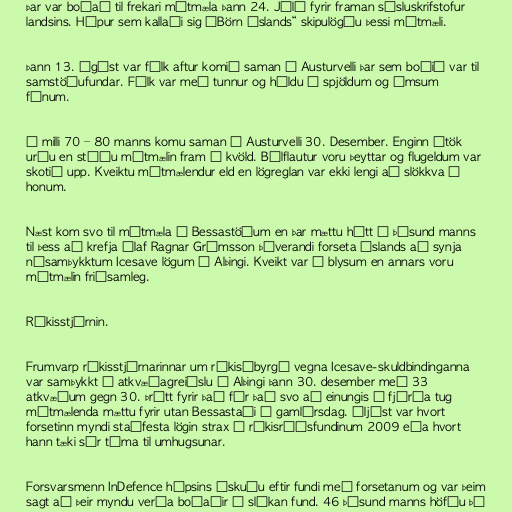
Þar var boðað til frekari mótmæla þann 24. Júlí fyrir framan sýsluskrifstofur
landsins. Hópur sem kallaði sig „Börn Íslands“ skipulögðu þessi mótmæli.

Þann 13. Ágúst var fólk aftur komið saman á Austurvelli þar sem boðið var til
samstöðufundar. Fólk var með tunnur og héldu á spjöldum og ýmsum
fánum.

Á milli 70 – 80 manns komu saman á Austurvelli 30. Desember. Enginn átök
urðu en stóðu mótmælin fram á kvöld. Bílflautur voru þeyttar og flugeldum var
skotið upp. Kveiktu mótmælendur eld en lögreglan var ekki lengi að slökkva í
honum.

Næst kom svo til mótmæla á Bessastöðum en þar mættu hátt í þúsund manns
til þess að krefja Ólaf Ragnar Grímsson þáverandi forseta Íslands að synja
nýsamþykktum Icesave lögum á Alþingi. Kveikt var í blysum en annars voru
mótmælin friðsamleg.

Ríkisstjórnin.

Frumvarp ríkisstjórnarinnar um ríkisábyrgð vegna Icesave-skuldbindinganna
var samþykkt í atkvæðagreiðslu á Alþingi þann 30. desember með 33
atkvæðum gegn 30. Þrátt fyrir það fór það svo að einungis á fjórða tug
mótmælenda mættu fyrir utan Bessastaði á gamlársdag. Óljóst var hvort
forsetinn myndi staðfesta lögin strax á ríkisráðsfundinum 2009 eða hvort
hann tæki sér tíma til umhugsunar.

Forsvarsmenn InDefence hópsins óskuðu eftir fundi með forsetanum og var þeim
sagt að þeir myndu verða boðaðir á slíkan fund. 46 þúsund manns höfðu þá